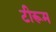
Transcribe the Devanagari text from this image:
टीरूम